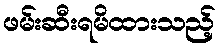
ဖမ်းဆီးရမိထားသည့်